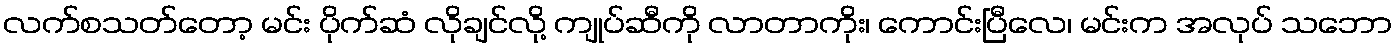
လက်စသတ်တော့ မင်း ပိုက်ဆံ လိုချင်လို့ ကျုပ်ဆီကို လာတာကိုး၊ ကောင်းပြီလေ၊ မင်းက အလုပ် သဘော